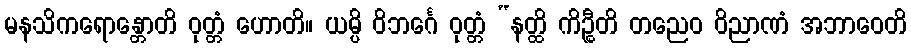
မနသိကရောန္တောတိ ဝုတ္တံ ဟောတိ။ ယမ္ပိ ဝိဘင်္ဂေ ဝုတ္တံ “နတ္ထိ ကိဉ္စီတိ တညေဝ ဝိညာဏံ အဘာဝေတိ